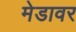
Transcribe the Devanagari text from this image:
मेडावर